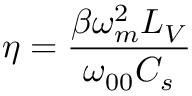
\eta = \frac { \beta \omega _ { m } ^ { 2 } L _ { V } } { \omega _ { 0 0 } C _ { s } }